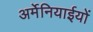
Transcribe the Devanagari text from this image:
अर्मेनियाईयों